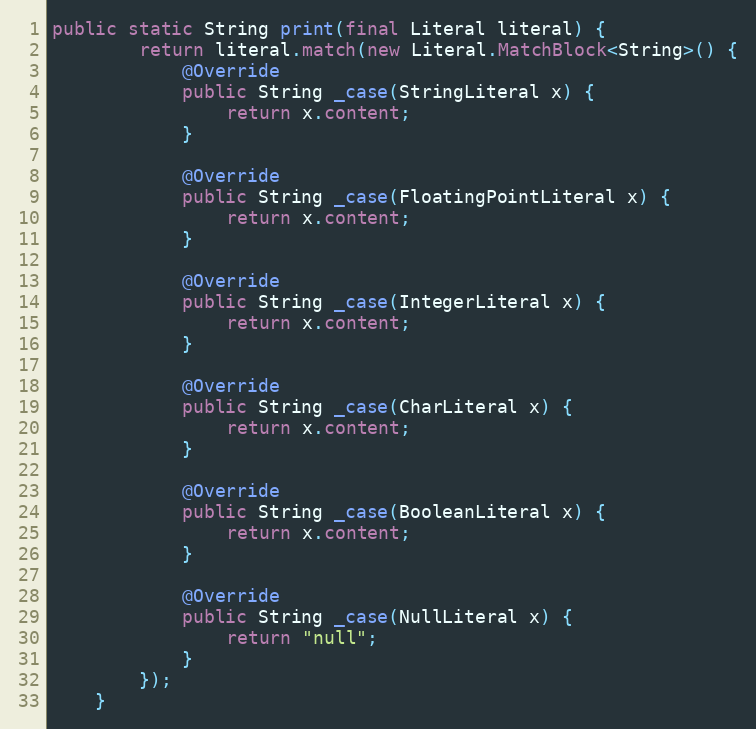
Language: Java
public static String print(final Literal literal) {
        return literal.match(new Literal.MatchBlock<String>() {
            @Override
            public String _case(StringLiteral x) {
                return x.content;
            }

            @Override
            public String _case(FloatingPointLiteral x) {
                return x.content;
            }

            @Override
            public String _case(IntegerLiteral x) {
                return x.content;
            }

            @Override
            public String _case(CharLiteral x) {
                return x.content;
            }

            @Override
            public String _case(BooleanLiteral x) {
                return x.content;
            }

            @Override
            public String _case(NullLiteral x) {
                return "null";
            }
        });
    }